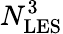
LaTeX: N_{\mathrm{LES}}^{3}